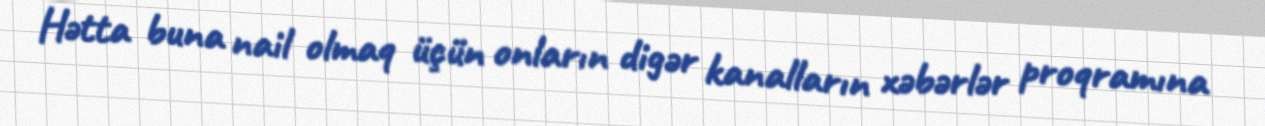
Hətta buna nail olmaq üçün onların digər kanalların xəbərlər proqramına